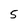
Character: 5